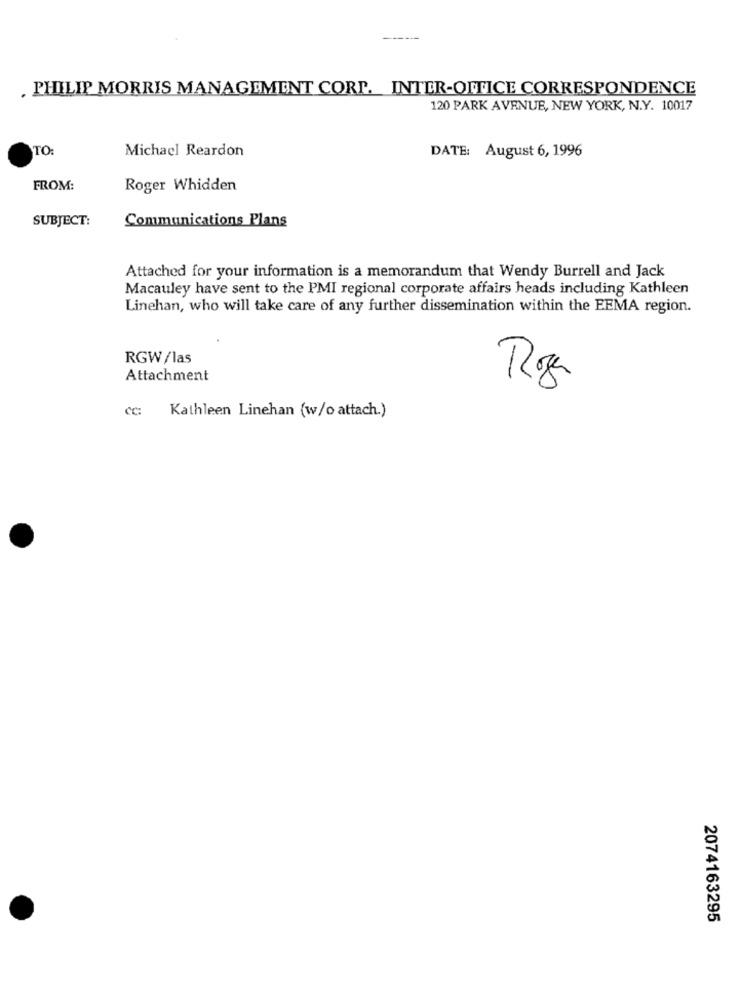
. PHILIP MORRIS MANAGEMENT CORP. INTER-OITICE CORRESPONDENCE
120 PARK AVENUE, NEW YORK, N.Y. 10017
TO:
Michael Reardon
DATE: August 6, 1996
FROM:
Roger Whidden
SUBJECT:
Communications Plans
Attached for your information is a memorandum that Wendy Burrell and Jack
Macauley have sent to the PMI regional corporate affairs heads including Kathleen
Linehan, who will take care of any further dissemination within the EEMA region.
RGW/las
Roger
ment
Cc:
Kathleen Linehan (w/o attach.)
2074163295